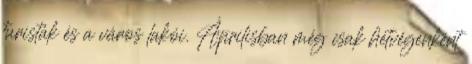
turisták és a város lakói. Áprilisban még csak hétvégenként